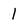
Character: I